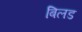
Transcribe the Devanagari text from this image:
बिलड